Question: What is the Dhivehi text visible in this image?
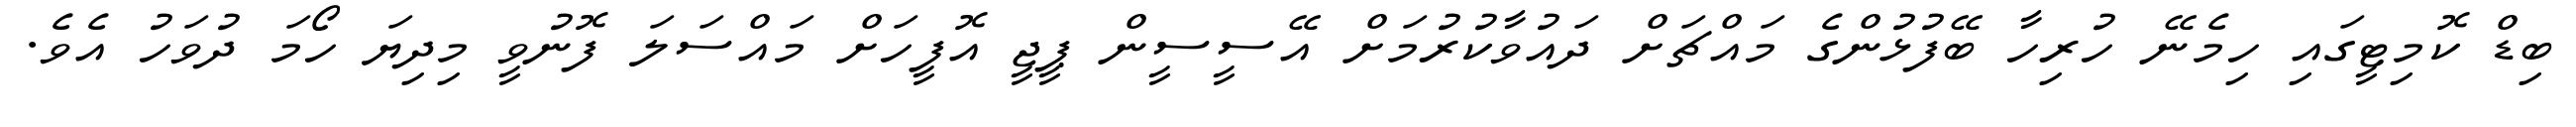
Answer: ބިޑް ކޮމިޓީގައި ހިމެނޭ ހުރިހާ ބޭފުޅުންގެ މައްޗަށް ދައުވާކުރުމަށް އޭސީސީން ޕީޖީ އޮފީހަށް މައްސަލަ ފޮނުވީ މިދިޔަ ހޯމަ ދުވަހު އެވެ.